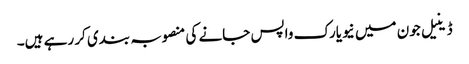
ڈینیل جون میں نیویارک واپس جانے کی منصوبہ بندی کر رہے ہیں۔